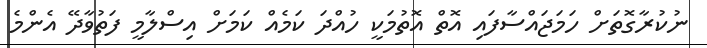
ނުކުރާގޮތަށް ހަމަޖައްސާފައި އޮތް އޮތުމަކީ ހުއްދަ ކަމެއް ކަމަށް އިސްލާމީ ފަތުވާދޭ އެންމެ